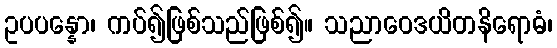
ဥပပန္နော၊ ကပ်၍ဖြစ်သည်ဖြစ်၍။ သညာဝေဒယိတနိရောဓံ၊